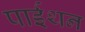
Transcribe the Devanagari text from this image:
पाईथन